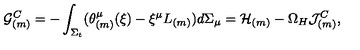
{ \cal G } _ { ( m ) } ^ { C } = - \int _ { \Sigma _ { t } } ( \theta _ { ( m ) } ^ { \mu } ( \xi ) - \xi ^ { \mu } L _ { ( m ) } ) d \Sigma _ { \mu } = { \cal H } _ { ( m ) } - \Omega _ { H } { \cal J } _ { ( m ) } ^ { C } ,